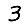
Digit: 3